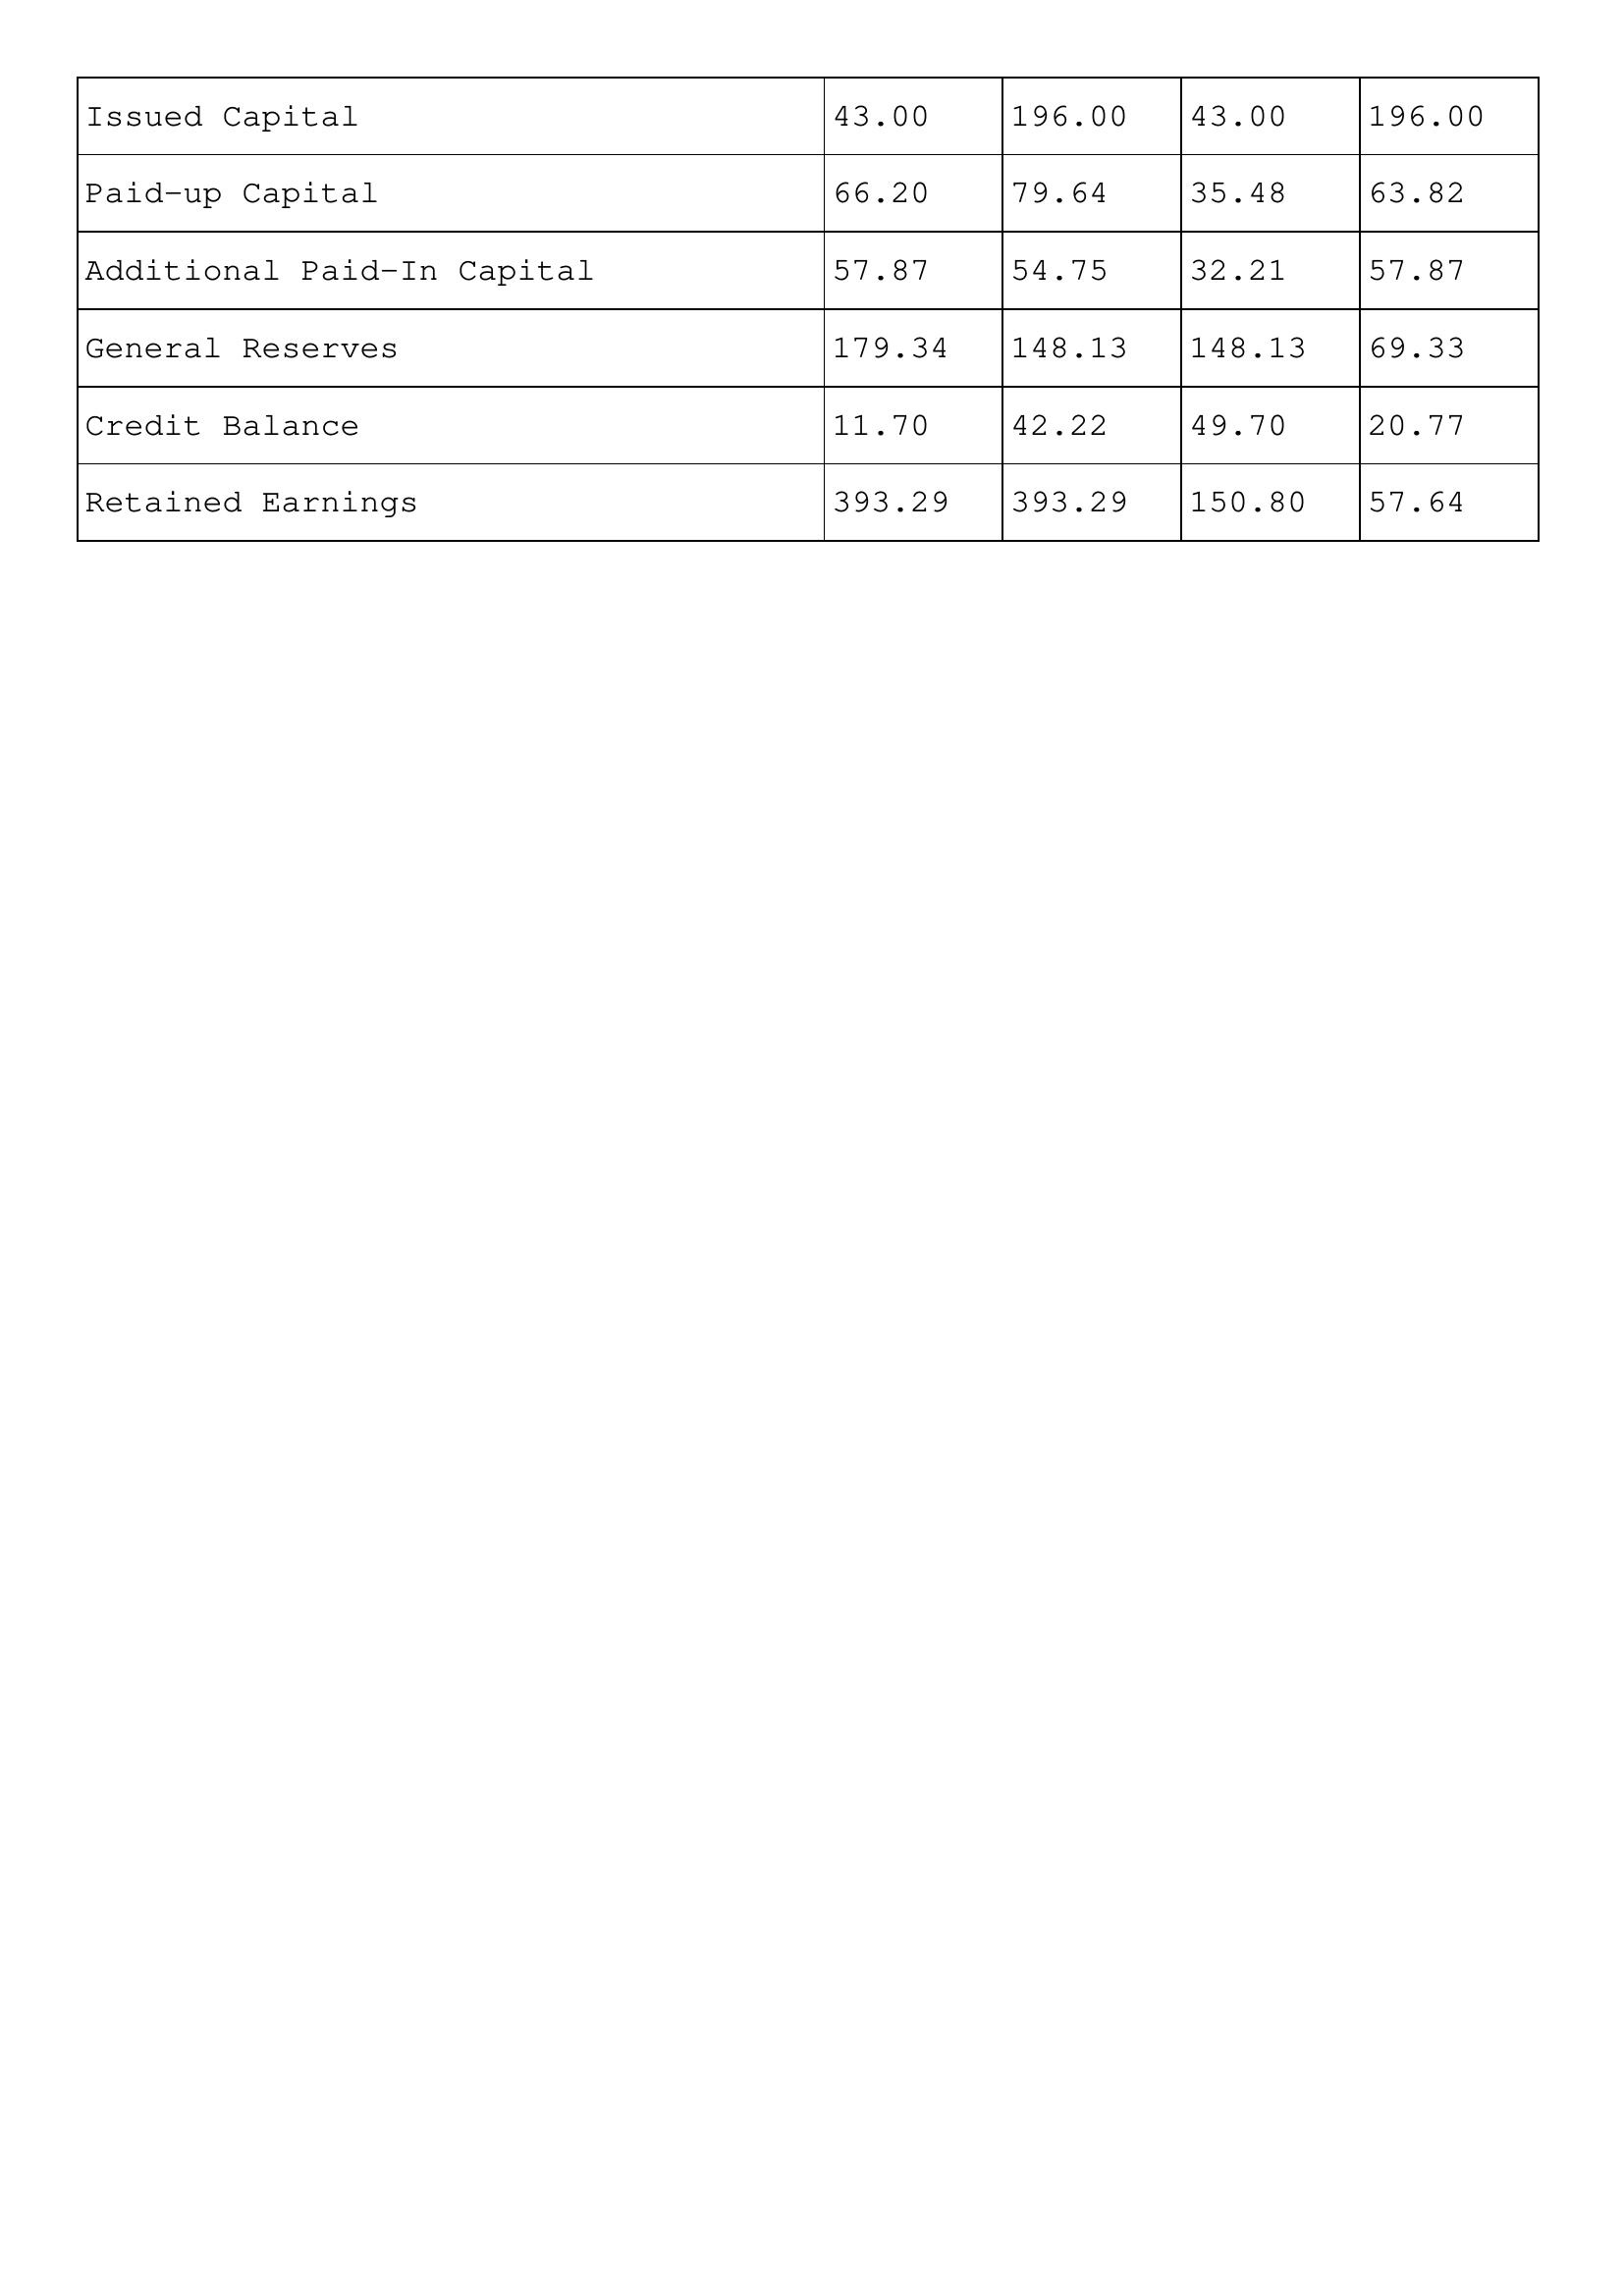
gt_parse: 2009: Issued Capital: 43.00
Paid-up Capital: 66.20
Additional Paid-In Capital: 57.87
General Reserves: 179.34
Credit Balance: 11.70
Retained Earnings: 393.29
2008: Issued Capital: 196.00
Paid-up Capital: 79.64
Additional Paid-In Capital: 54.75
General Reserves: 148.13
Credit Balance: 42.22
Retained Earnings: 393.29
2007: Issued Capital: 43.00
Paid-up Capital: 35.48
Additional Paid-In Capital: 32.21
General Reserves: 148.13
Credit Balance: 49.70
Retained Earnings: 150.80
2006: Issued Capital: 196.00
Paid-up Capital: 63.82
Additional Paid-In Capital: 57.87
General Reserves: 69.33
Credit Balance: 20.77
Retained Earnings: 57.64